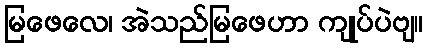
မြဖေလေ၊ အဲသည်မြဖေဟာ ကျုပ်ပဲဗျ။